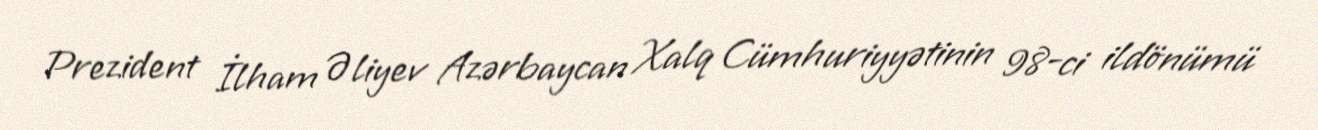
Prezident İlham Əliyev Azərbaycan Xalq Cümhuriyyətinin 98-ci ildönümü